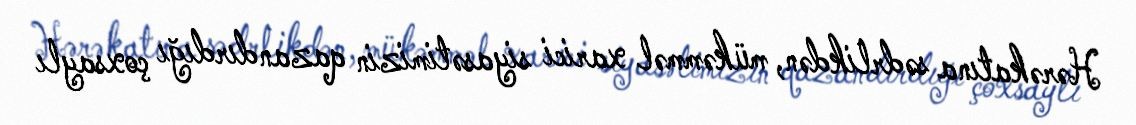
Hərəkatına sədrlikdən, mükəmməl xarici siyasətimizin qazandırdığı çoxsaylı